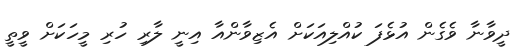
ދީވާނާ ވެގެން އުޅެފަ ކުއްލިއަކަށް އެޒިވާންއާ އިނީ ލާރި ހުރި މީހަކަށް ވީތީ